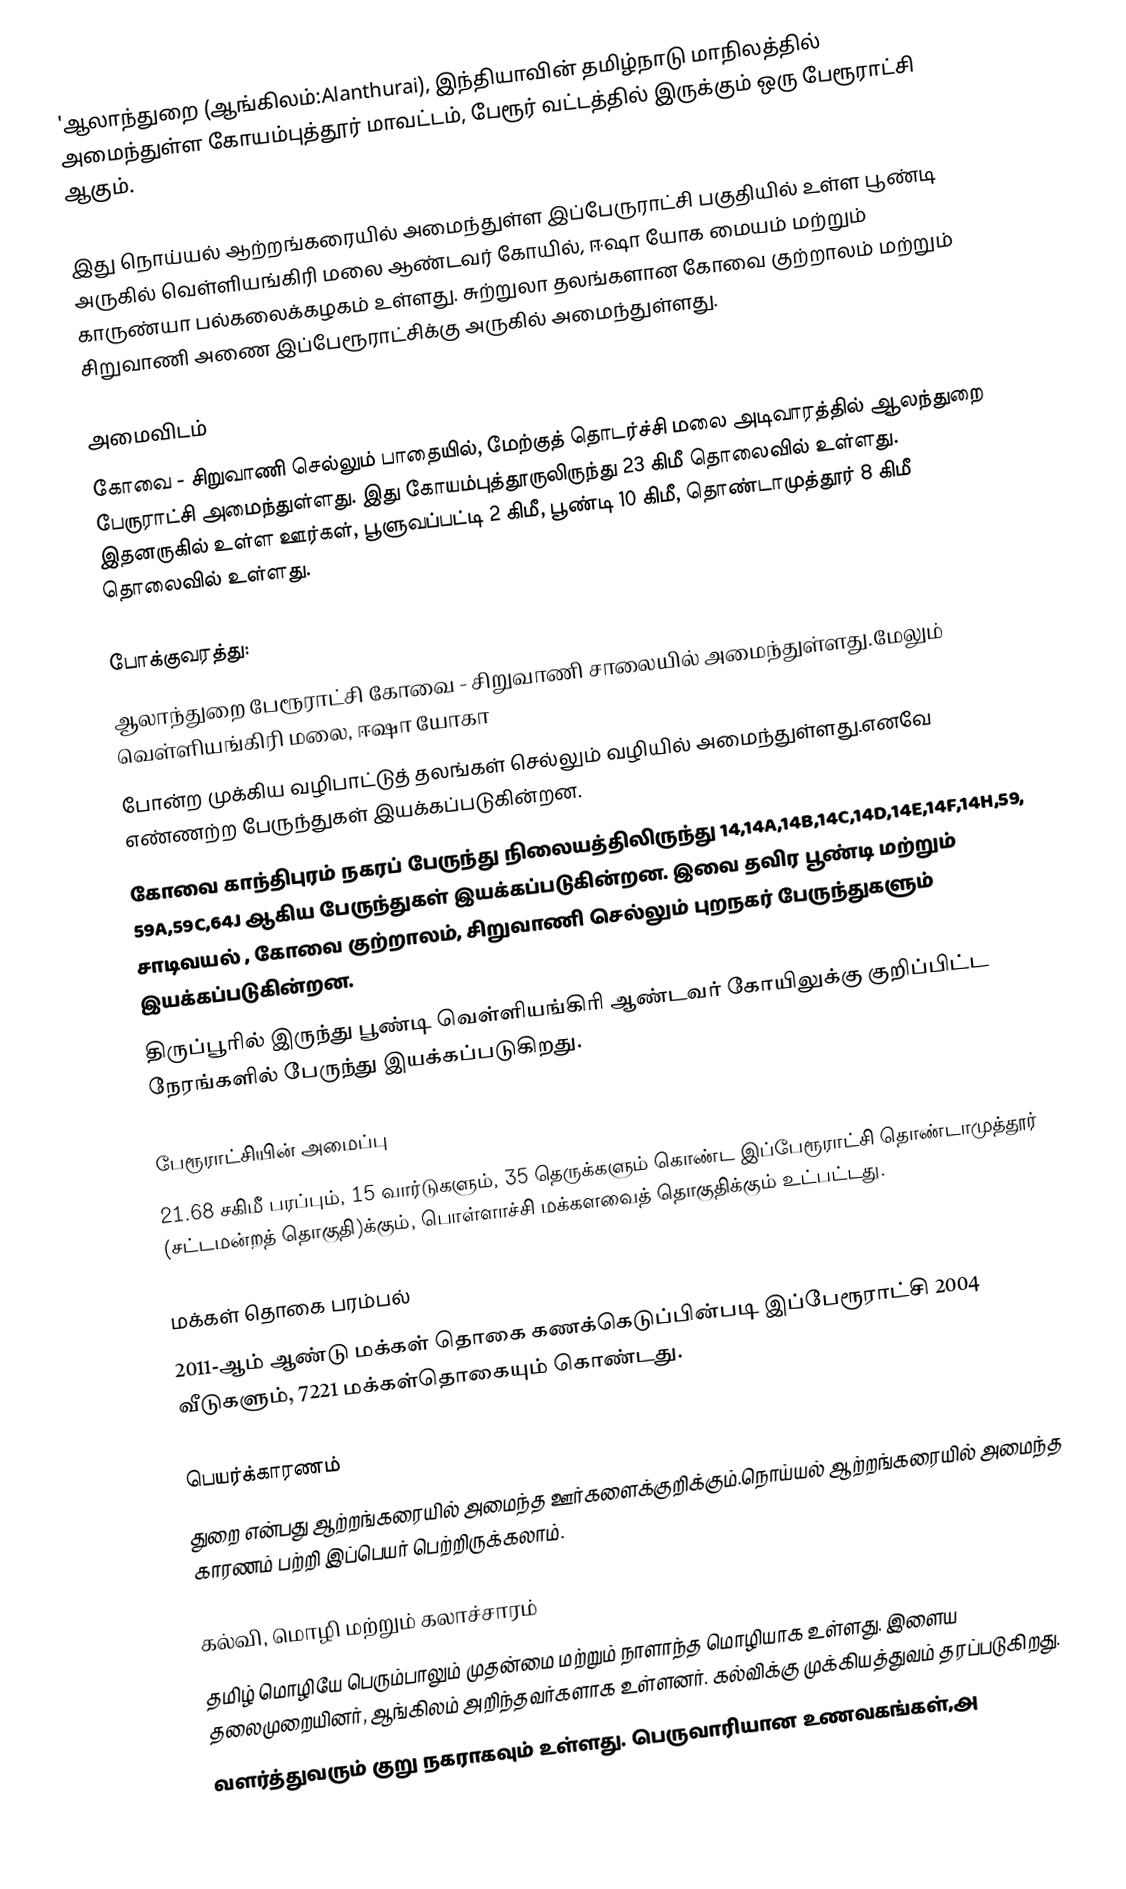
'ஆலாந்துறை (ஆங்கிலம்:Alanthurai), இந்தியாவின் தமிழ்நாடு மாநிலத்தில் அமைந்துள்ள கோயம்புத்தூர் மாவட்டம், பேரூர் வட்டத்தில் இருக்கும் ஒரு பேரூராட்சி ஆகும்.

இது நொய்யல் ஆற்றங்கரையில் அமைந்துள்ள இப்பேருராட்சி பகுதியில் உள்ள  பூண்டி அருகில்  வெள்ளியங்கிரி மலை ஆண்டவர் கோயில், ஈஷா யோக மையம் மற்றும்  காருண்யா பல்கலைக்கழகம் உள்ளது. சுற்றுலா தலங்களான கோவை குற்றாலம் மற்றும் சிறுவாணி அணை  இப்பேரூராட்சிக்கு அருகில் அமைந்துள்ளது.

அமைவிடம்
கோவை - சிறுவாணி செல்லும் பாதையில், மேற்குத் தொடர்ச்சி மலை அடிவாரத்தில்  ஆலந்துறை பேருராட்சி அமைந்துள்ளது. இது கோயம்புத்தூருலிருந்து 23 கிமீ தொலைவில் உள்ளது. இதனருகில் உள்ள ஊர்கள், பூளுவப்பட்டி 2 கிமீ, பூண்டி 10 கிமீ, தொண்டாமுத்தூர் 8 கிமீ தொலைவில் உள்ளது.

போக்குவரத்து:
              ஆலாந்துறை பேரூராட்சி கோவை - சிறுவாணி சாலையில் அமைந்துள்ளது.மேலும் வெள்ளியங்கிரி மலை, ஈஷா யோகா
போன்ற முக்கிய வழிபாட்டுத் தலங்கள் செல்லும் வழியில் அமைந்துள்ளது.எனவே எண்ணற்ற பேருந்துகள் இயக்கப்படுகின்றன.
    கோவை காந்திபுரம் நகரப் பேருந்து நிலையத்திலிருந்து 14,14A,14B,14C,14D,14E,14F,14H,59, 59A,59C,64J ஆகிய பேருந்துகள் இயக்கப்படுகின்றன. இவை தவிர பூண்டி மற்றும் சாடிவயல் , கோவை குற்றாலம், சிறுவாணி செல்லும் புறநகர் பேருந்துகளும் இயக்கப்படுகின்றன.
                  திருப்பூரில் இருந்து பூண்டி வெள்ளியங்கிரி ஆண்டவர் கோயிலுக்கு குறிப்பிட்ட நேரங்களில் பேருந்து இயக்கப்படுகிறது.

பேரூராட்சியின் அமைப்பு
21.68 சகிமீ பரப்பும், 15 வார்டுகளும், 35 தெருக்களும்  கொண்ட இப்பேரூராட்சி  தொண்டாமுத்தூர் (சட்டமன்றத் தொகுதி)க்கும், பொள்ளாச்சி மக்களவைத் தொகுதிக்கும் உட்பட்டது.

மக்கள் தொகை பரம்பல்
2011-ஆம் ஆண்டு மக்கள் தொகை கணக்கெடுப்பின்படி  இப்பேரூராட்சி 2004 வீடுகளும்,  7221  மக்கள்தொகையும் கொண்டது.

பெயர்க்காரணம்
துறை என்பது ஆற்றங்கரையில் அமைந்த ஊர்களைக்குறிக்கும்.நொய்யல் ஆற்றங்கரையில் அமைந்த காரணம் பற்றி இப்பெயர் பெற்றிருக்கலாம்.

கல்வி, மொழி மற்றும் கலாச்சாரம்
தமிழ் மொழியே பெரும்பாலும் முதன்மை மற்றும் நாளாந்த மொழியாக உள்ளது. இளைய தலைமுறையினர், ஆங்கிலம் அறிந்தவர்களாக உள்ளனர். கல்விக்கு முக்கியத்துவம் தரப்படுகிறது.
வளர்த்துவரும் குறு நகராகவும் உள்ளது. பெருவாரியான உணவகங்கள்,அ